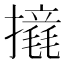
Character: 𢷉